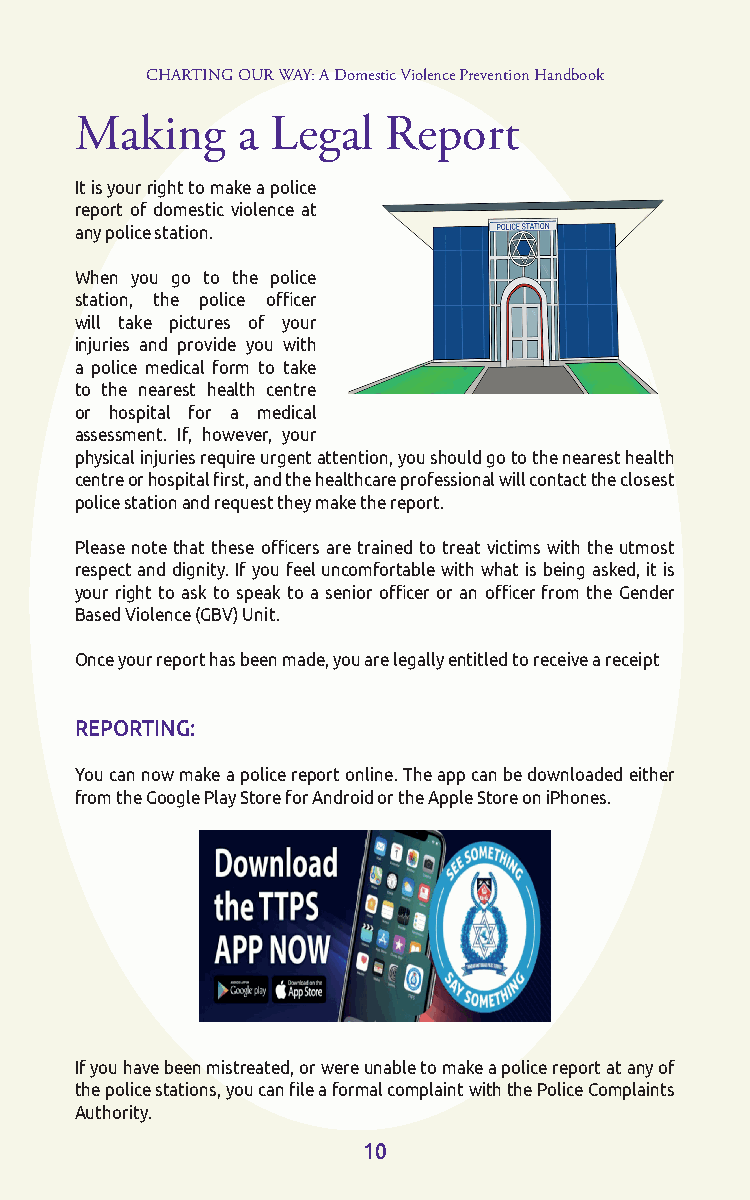
CHARTING OUR WAY: A Domestic Violence Prevention Handbook
 Making     a Legal   Report
 It is your right to make a police
 report of domestic violence at
 any police station.
 When you go to the police
 station, the police officer
 will take pictures of your
 injuries and provide you with
 a police medical form to take
 to the nearest health centre
 or hospital for a medical
 assessment. If, however, your
 physical injuries require urgent attention, you should go to the nearest health
 centre or hospital first, and the healthcare professional will contact the closest
 police station and request they make the report.
 Please note that these officers are trained to treat victims with the utmost
 respect and dignity. If you feel uncomfortable with what is being asked, it is
 your right to ask to speak to a senior officer or an officer from the Gender
 Based Violence (GBV) Unit.
 Once your report has been made, you are legally entitled to receive a receipt
 REPORTING:
 You can now make a police report online. The app can be downloaded either
 from the Google Play Store for Android or the Apple Store on iPhones.
 If you have been mistreated, or were unable to make a police report at any of
 the police stations, you can file a formal complaint with the Police Complaints
 Authority.
 10